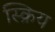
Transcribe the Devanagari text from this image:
स्क्रिय